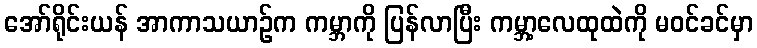
အော်ရိုင်းယန် အာကာသယာဉ်က ကမ္ဘာကို ပြန်လာပြီး ကမ္ဘာ့လေထုထဲကို မဝင်ခင်မှာ